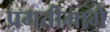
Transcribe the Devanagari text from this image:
प्रगतीमागे